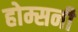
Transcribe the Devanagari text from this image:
होम्सनी